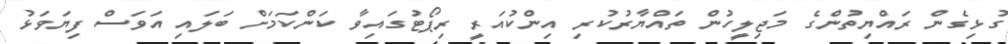
ގުޅިގެން ރައްޔިތުންގެ މަޖިލީހުން ތައްޔާރުކުރި އިންކުއަރީ ރިޕޯޓުގައިވާ ކަންކަމަށް ބަލައި އަވަސް ފިޔަވަޅު